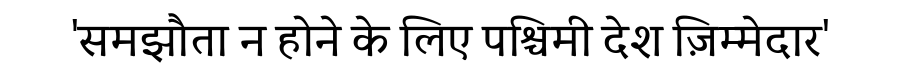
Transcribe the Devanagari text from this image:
'समझौता न होने के लिए पश्चिमी देश ज़िम्मेदार'